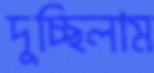
দুচ্ছিলাম